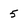
Character: 5